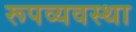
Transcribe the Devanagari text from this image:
रूपव्यवस्था